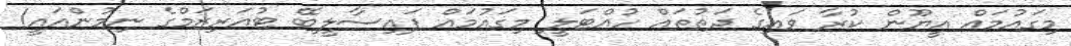
މިގައުމައް އީޔޫން ކުރާ ވައިގެ ދަތުތައް ހުއްޓަލީ މިގައުމައް ފައިސާލީބޭ ޓުއަރިޒަމްގެ ނިމުންއައީ!